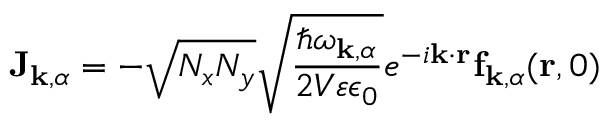
\mathbf { J } _ { \mathbf { k } , \alpha } = - \sqrt { N _ { x } N _ { y } } \sqrt { \frac { \hbar \omega _ { \mathbf { k } , \alpha } } { 2 V \varepsilon \epsilon _ { 0 } } } e ^ { - i \mathbf { k } \cdot \mathbf { r } } \mathbf { f } _ { \mathbf { k } , \alpha } ( \mathbf { r } , 0 )